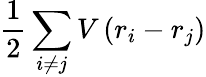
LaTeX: {\frac{1}{2}}\sum_{i\neq j}V\left(r_{i}-r_{j}\right)